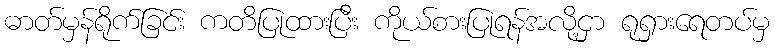
ဓာတ်မှန်ရိုက်ခြင်း ကတိပြုထားပြီး ကိုယ်စားပြုရန်အလို့ငှာ ရုရှားရေတပ်မှ